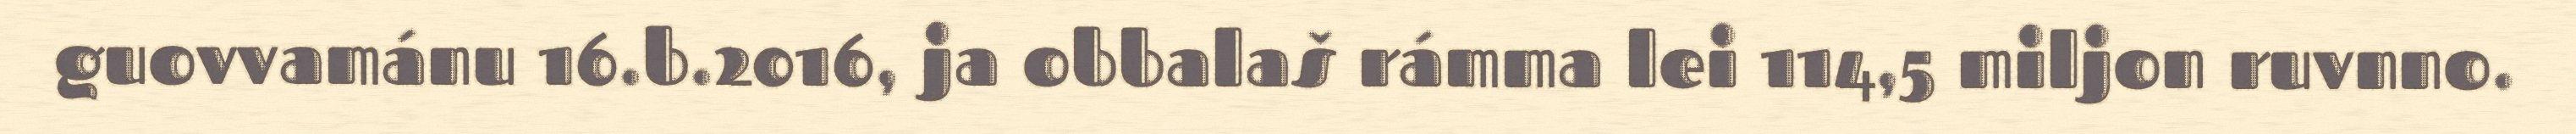
guovvamánu 16.b.2016, ja obbalaš rámma lei 114,5 miljon ruvnno.